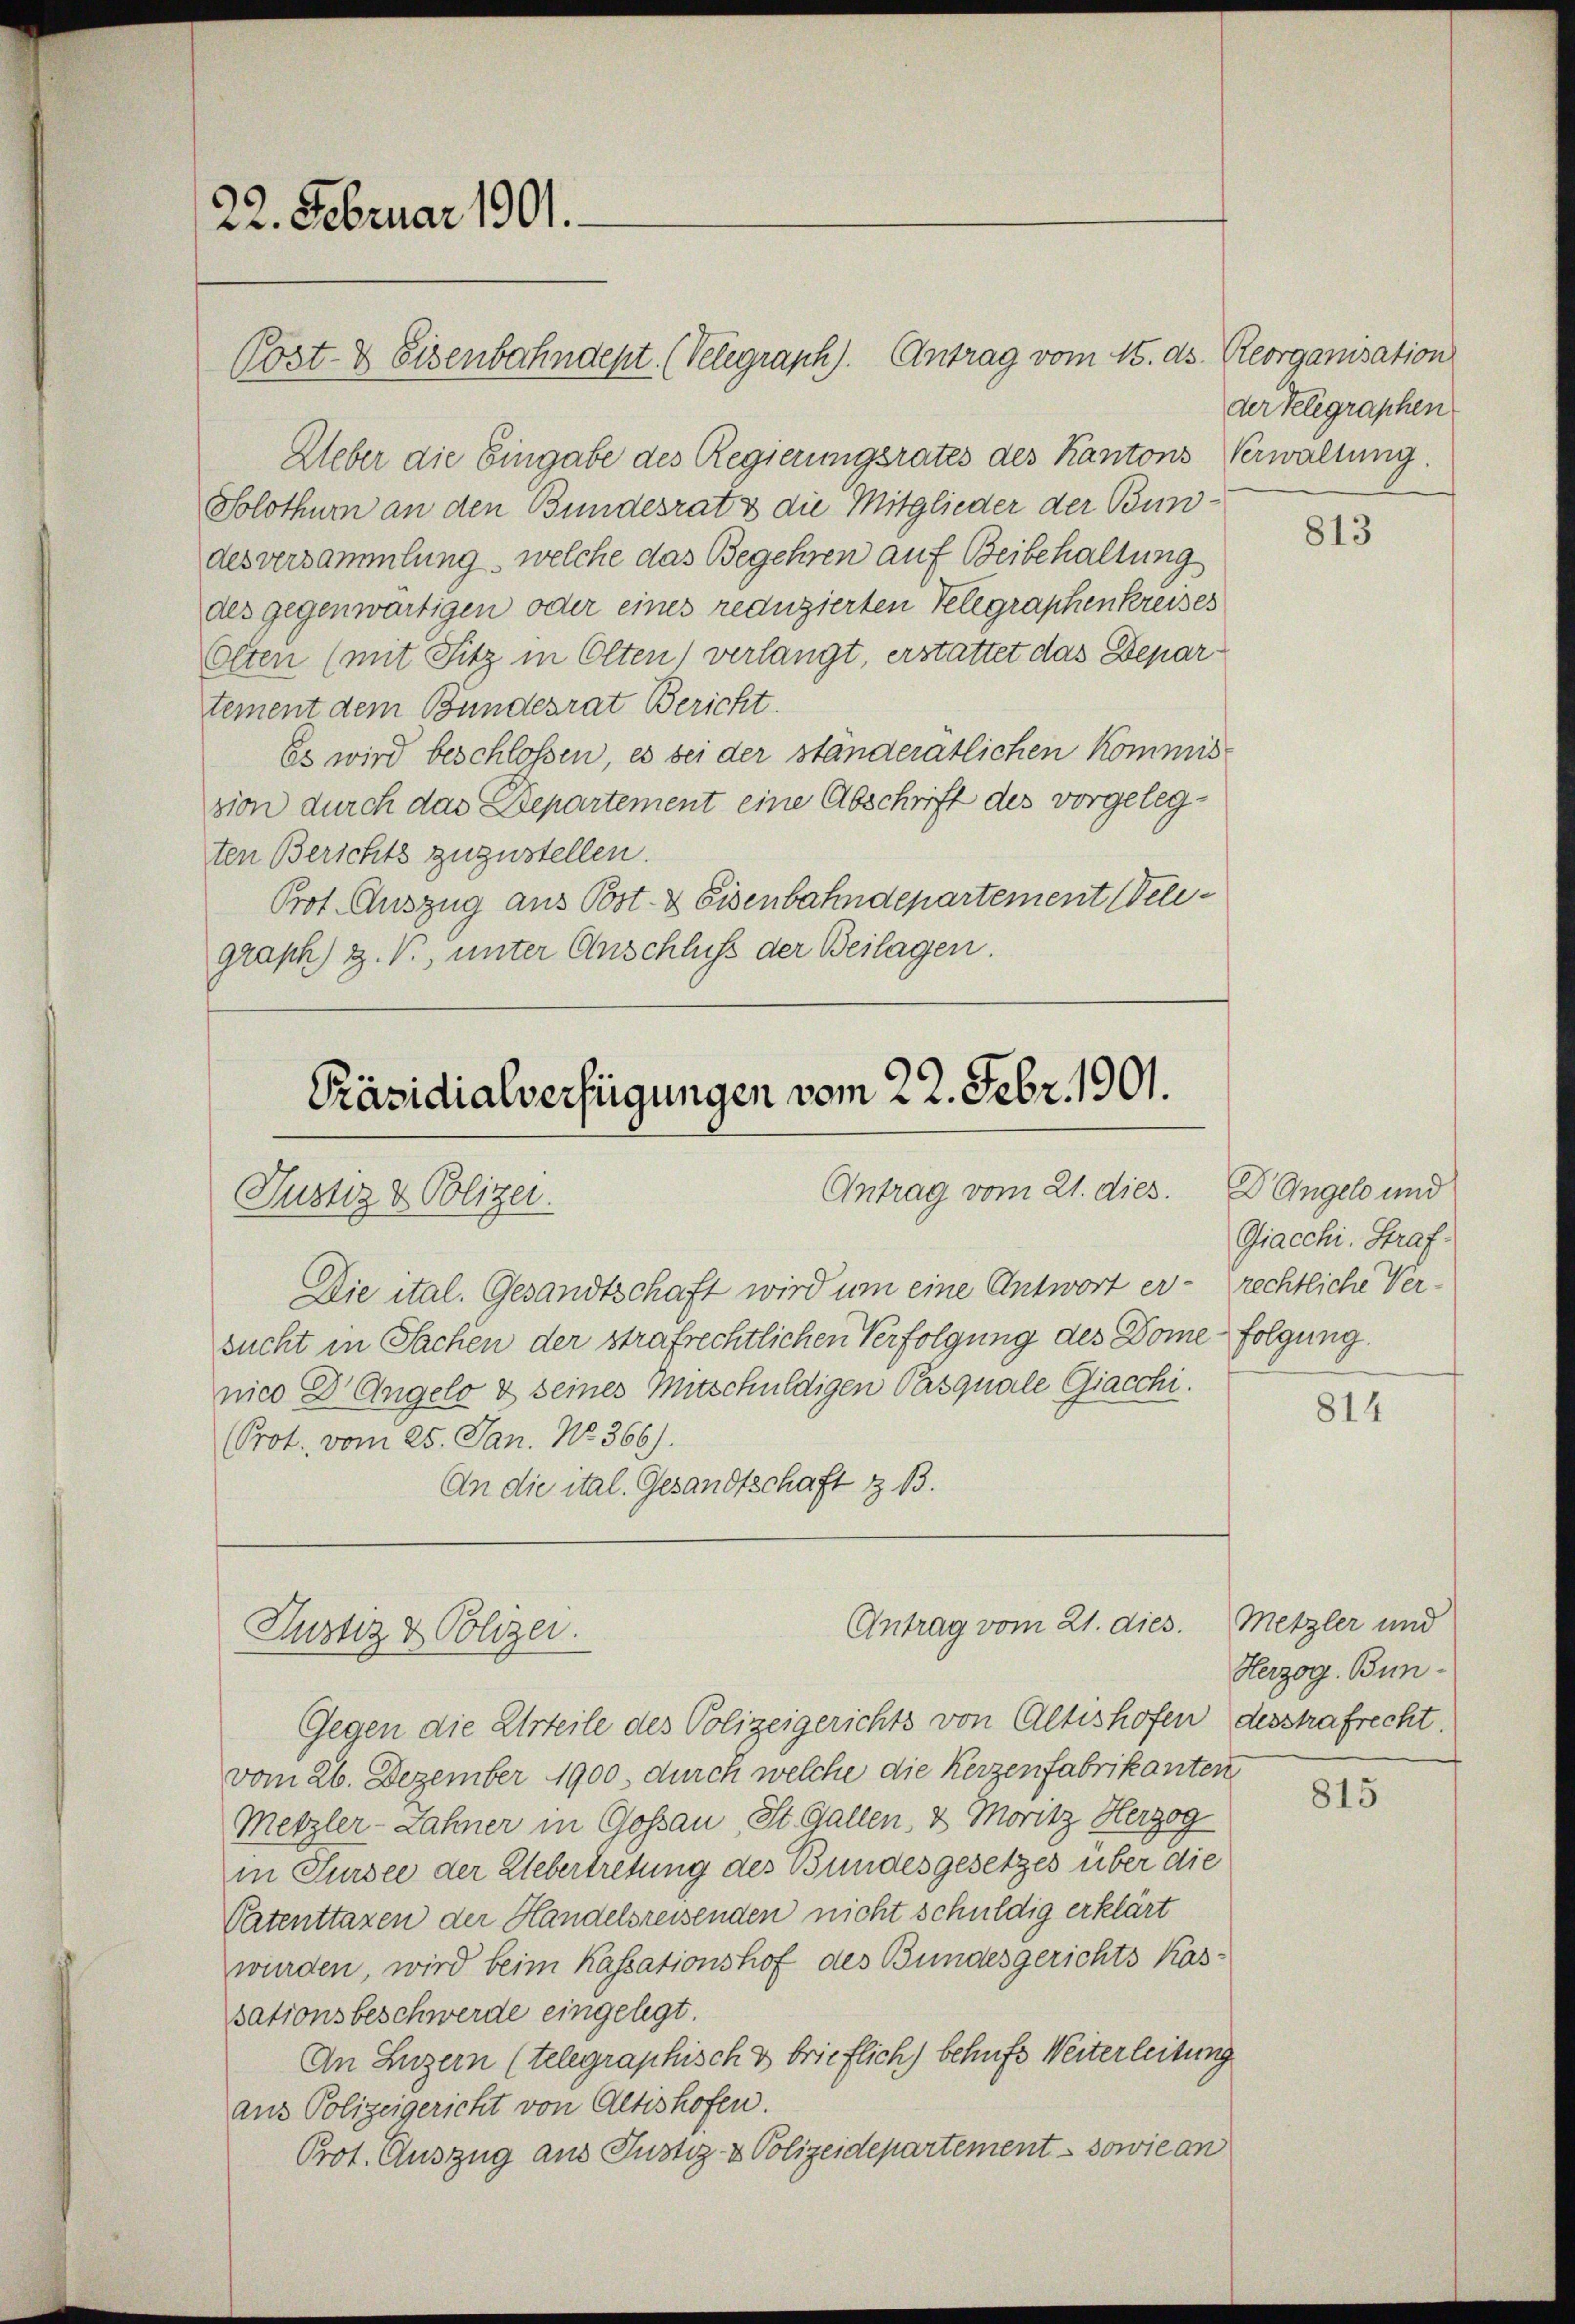
22. Februar 1901.

Cost- & Eisenbahndept. (Velegraph). Antrag vom 15. ds. Reorganisation
Ueber die Eingabe des Regierungsrates des Kantons
Solothur an den Bundesrat & die Mitglieder der Bundesversammlung, welche das Begehren auf Beibehaltung
des gegenwärtigen oder eines reduzierten Telegraphenkreises
Olten (mit Fitz in Olten) verlangt, erstattet das Departement dem Bundesrat Bericht.
Es wird beschloßen, es bei der standerätlichen Kommis-
sion durch das Departement eine Abschrift des vorgelegten Berichts zuzustellen.
Prot. Auszug aus Post- & Eisenbahndepartement Telegraph Z. V., unter Anschluss der Beilagen.

Präsidialverfügungen vom 22. Febr. 1901.
Antrag vom 21. dies
Justiz & Polizei.
Die ital. Gesandtschaft wird um eine Antwort er- rechtliche Ver¬

Justiz & Polizei.

sucht in Sachen der strafrechtlichen Verfolgung des Dome folgung.
nico Dr. Angelo & seines Mitschuldigen Pasquale Giacchi.
(Prot. vom 25. Jan. No. 366).
An die ital. Gesandtschaft z. B.

Antrag vom 21. dies.

Gegen die Urteile des Polizeigerichts von Altishofen
vom 26. Dezember 1900. durch welche die Kerzenfabrikanten
Metzler-Lahner in Gossau, St. Gallen, 3 Moritz Herzog
in Sursee der Uebertretung des Bundesgesetzes über die
Patenttaxen der Handelsreisenden nicht schuldig erklärt
wurden, wird beim Kassationshof des Bundesgerichts Kassationsbeschwerde eingelegt.
An Luzern (telegraphisch & brieflich) behufs Weiterleitung
aus Polizeigericht von Altishofen.
Prot. Auszug aus Justiz- & Polizeidepartement - sowie an

der Telegraphen
Verwaltung.

813

Dr Angel und
Giacchi, Straf¬

814

Metzler und
Herzog. Bundesstrafrecht.

815